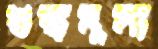
শুল্কমূল্য